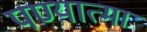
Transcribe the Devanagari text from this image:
पण्यात्मा